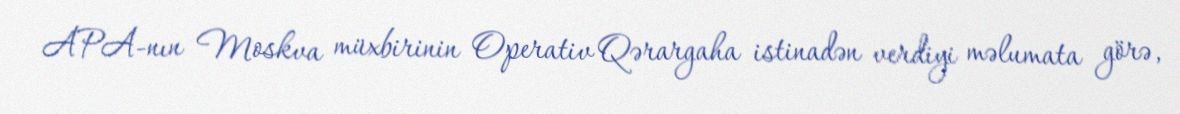
APA-nın Moskva müxbirinin Operativ Qərargaha istinadən verdiyi məlumata görə,